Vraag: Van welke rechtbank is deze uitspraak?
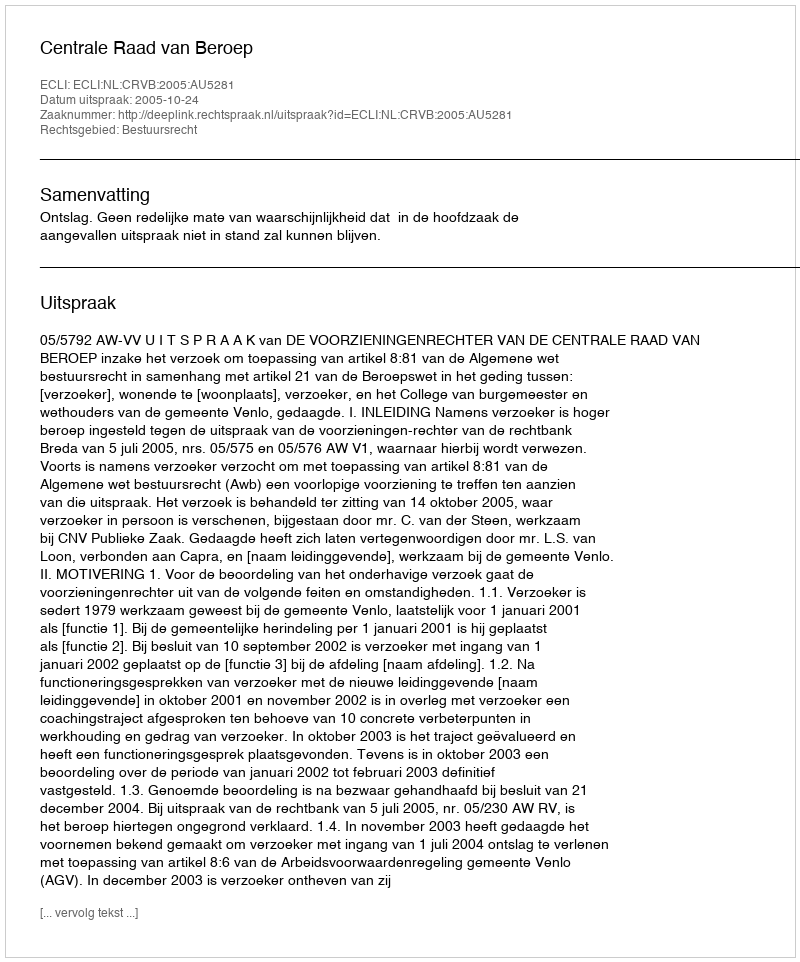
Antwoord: Centrale Raad van Beroep